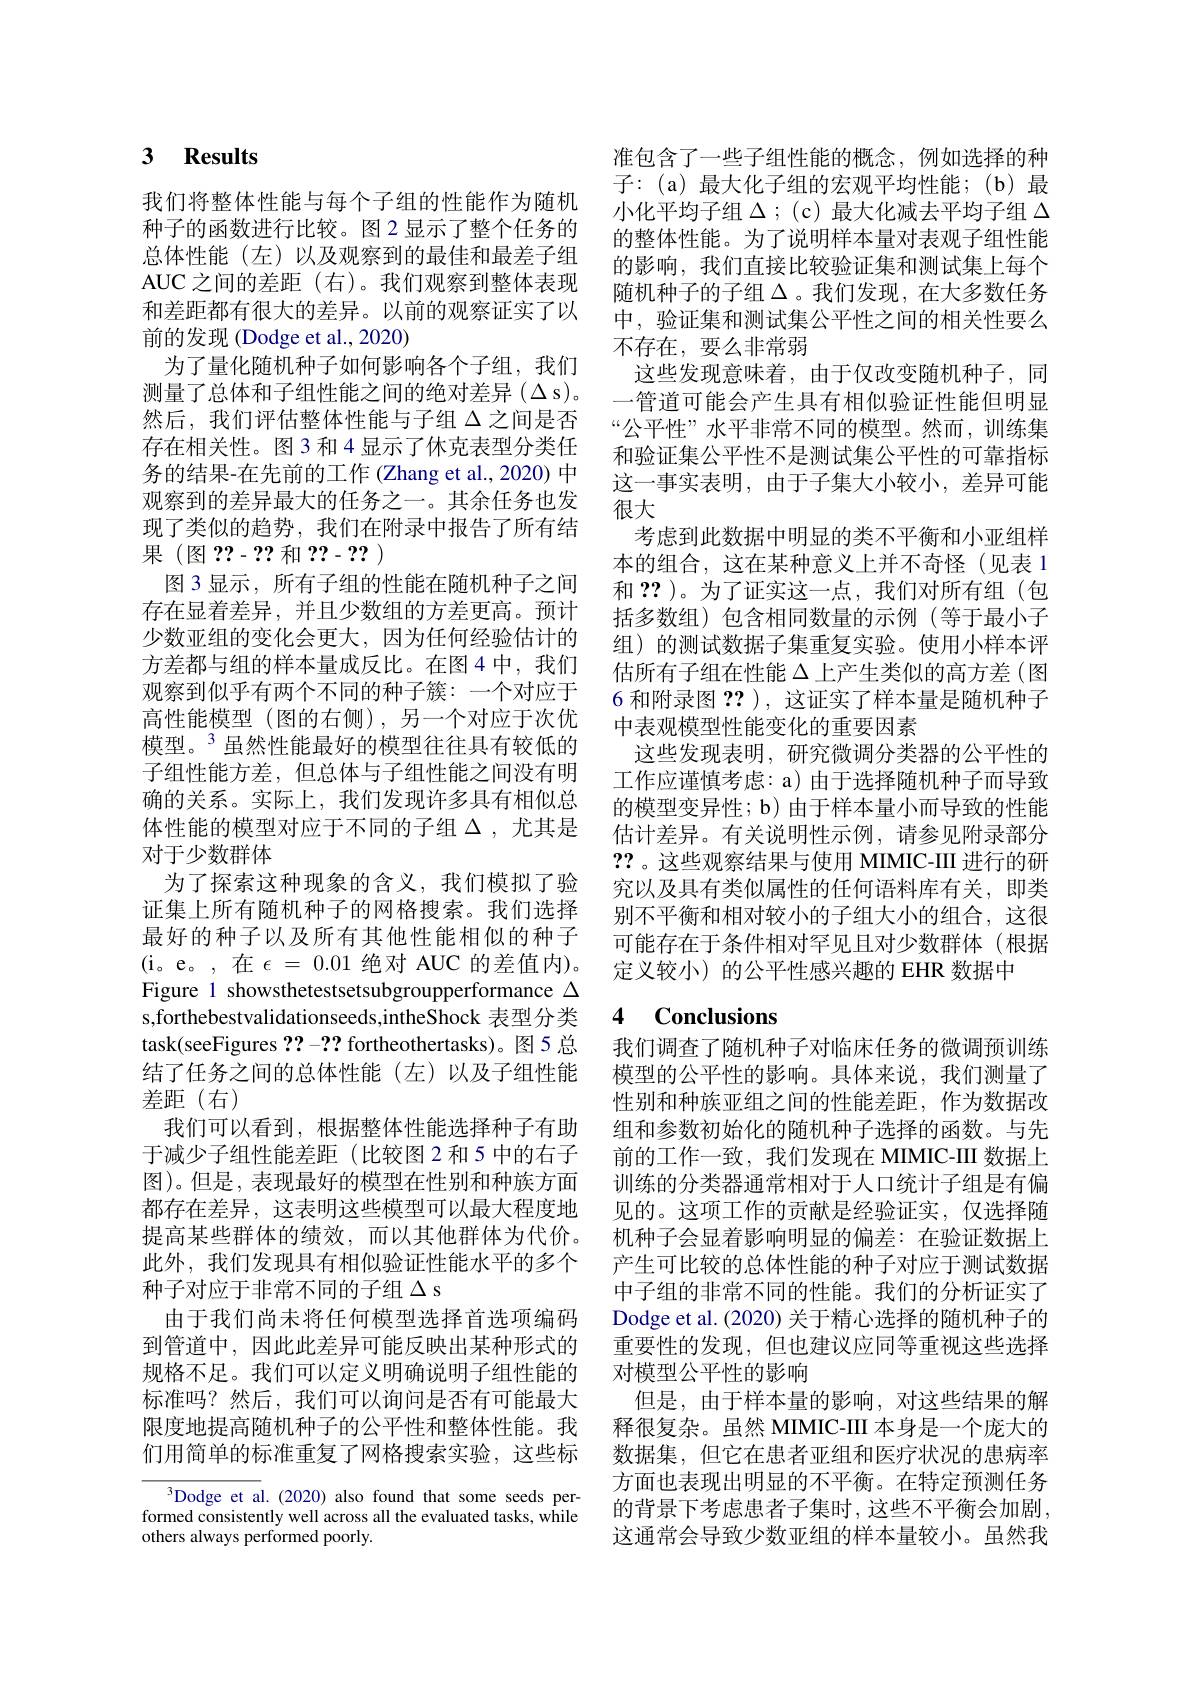
## 3 $\textbf{Results}$

我们将整体性能与每个子组的性能作为随机种子的函数进行比较。图 2 显示了整个任务的总体性能(左)以及观察到的最佳和最差子组AUC 之间的差距 (右)。我们观察到整体表现和差距都有很大的差异。以前的观察证实了以前的发现 (Dodge et al., 2020)
为了量化随机种子如何影响各个子组，我们测量了总体和子组性能之间的绝对差异($\Delta s)$。然后，我们评估整体性能与子组$\Delta$之间是否存在相关性。图3 和 4 显示了休克表型分类任务的结果-在先前的工作 (Zhang et al., 2020) 中观察到的差异最大的任务之一。其余任务也发现了类似的趋势，我们在附录中报告了所有结果(图？?-??和？?-?? )
图3显示，所有子组的性能在随机种子之间存在显着差异，并且少数组的方差更高。预计少数亚组的变化会更大，因为任何经验估计的方差都与组的样本量成反比。在图4中，我们观察到似乎有两个不同的种子簇：一个对应于高性能模型(图的右侧),另一个对应于次优模型。$^{3}$虽然性能最好的模型往往具有较低的子组性能方差，但总体与子组性能之间没有明确的关系。实际上，我们发现许多具有相似总体性能的模型对应于不同的子组$\Delta$,尤其是对于少数群体
为了探索这种现象的含义，我们模拟了验证集上所有随机种子的网格搜索。我们选择最好的种子以及所有其他性能相似的种子(i。e。,在$\epsilon=0.01$ 绝对 AUC 的差值内)。Figure 1 showsthetestsetsubgroupperformance $\Delta$ s,forthebestvalidationseeds,intheShock 表型分类task(seeFigures 2?-2? fortheothertasks)。图5 总结了任务之间的总体性能(左)以及子组性能差距(右)
我们可以看到，根据整体性能选择种子有助于减少子组性能差距(比较图 2 和 5 中的右子图)。但是，表现最好的模型在性别和种族方面都存在差异，这表明这些模型可以最大程度地提高某些群体的绩效，而以其他群体为代价。此外，我们发现具有相似验证性能水平的多个种子对应于非常不同的子组$\Delta$ s
由于我们尚未将任何模型选择首选项编码到管道中，因此此差异可能反映出某种形式的规格不足。我们可以定义明确说明子组性能的标准吗？然后，我们可以询问是否有可能最大限度地提高随机种子的公平性和整体性能。我们用简单的标准重复了网格搜索实验，这些标
$^3$Dodge et al.(2020) also found that some seeds per-

formed consistently well across all the evaluated tasks, while
others always performed poorly.

准包含了一些子组性能的概念，例如选择的种子：(a)最大化子组的宏观平均性能；(b)最小化平均子组$\Delta$ ;(c) 最大化减去平均子组$\Delta$ 的整体性能。为了说明样本量对表观子组性能的影响，我们直接比较验证集和测试集上每个随机种子的子组$\Delta$。我们发现，在大多数任务中，验证集和测试集公平性之间的相关性要么不存在，要么非常弱
这些发现意味着，由于仅改变随机种子，同一管道可能会产生具有相似验证性能但明显“公平性”水平非常不同的模型。然而，训练集和验证集公平性不是测试集公平性的可靠指标这一事实表明，由于子集大小较小，差异可能很大
考虑到此数据中明显的类不平衡和小亚组样本的组合，这在某种意义上并不奇怪(见表 1和？? )。为了证实这一点，我们对所有组(包括多数组)包含相同数量的示例(等于最小子组) 的测试数据子集重复实验。使用小样本评估所有子组在性能$\Delta$上产生类似的高方差(图6 和附录图？? ), 这证实了样本量是随机种子中表观模型性能变化的重要因素
这些发现表明，研究微调分类器的公平性的工作应谨慎考虑：a) 由于选择随机种子而导致的模型变异性；b) 由于样本量小而导致的性能估计差异。有关说明性示例，请参见附录部分?? 。这些观察结果与使用 MIMIC-III 进行的研究以及具有类似属性的任何语料库有关，即类别不平衡和相对较小的子组大小的组合，这很可能存在于条件相对罕见且对少数群体(根据定义较小)的公平性感兴趣的 EHR 数据中

# 4 Conclusions

我们调查了随机种子对临床任务的微调预训练模型的公平性的影响。具体来说，我们测量了性别和种族亚组之间的性能差距，作为数据改组和参数初始化的随机种子选择的函数。与先前的工作一致，我们发现在 MIMIC-III 数据上训练的分类器通常相对于人口统计子组是有偏见的。这项工作的贡献是经验证实，仅选择随机种子会显着影响明显的偏差：在验证数据上产生可比较的总体性能的种子对应于测试数据中子组的非常不同的性能。我们的分析证实了Dodge et al. (2020) 关于精心选择的随机种子的重要性的发现，但也建议应同等重视这些选择对模型公平性的影响
但是，由于样本量的影响，对这些结果的解释很复杂。虽然 MIMIC-III 本身是一个庞大的数据集，但它在患者亚组和医疗状况的患病率方面也表现出明显的不平衡。在特定预测任务的背景下考虑患者子集时，这些不平衡会加剧， 这通常会导致少数亚组的样本量较小。虽然我